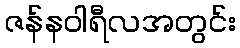
ဇန်နဝါရီလအတွင်း